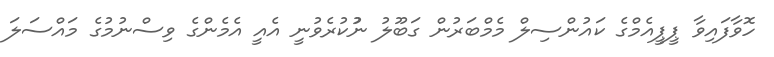
ހޮވާފައިވާ ޕީޕީއެމްގެ ކައުންސިލް މެމްބަރުން ގަބޫލު ނުުކުރެވުނީ އެއީ އެމެންގެ ވިސްނުމުގެ މައްސަލަ